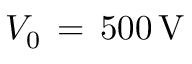
V _ { \mathrm { { 0 } } } \, = \, 5 0 0 \, \mathrm { { V } }